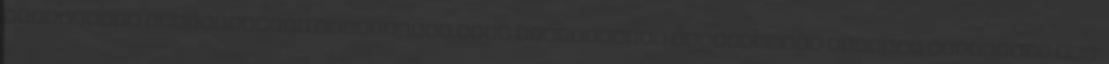
impresszum Felhasználói szabályzat Jogi nyilatkozat Adatvédelem Sitemap WebMinute Kft.